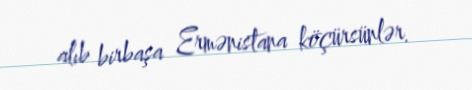
alıb birbaşa Ermənistana köçürsünlər.